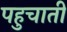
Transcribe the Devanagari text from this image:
पहुचाती